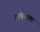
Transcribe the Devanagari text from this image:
कंपनाचा